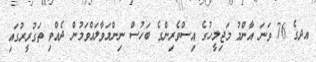
އދގެ 76 ވަނަ އާންމު މަޖިލީހުގެ އިސްވެރިންގެ ބަހުސް ނިންމަވާލައްވަމުން ދެއްވި ތަގުރީރުގައި